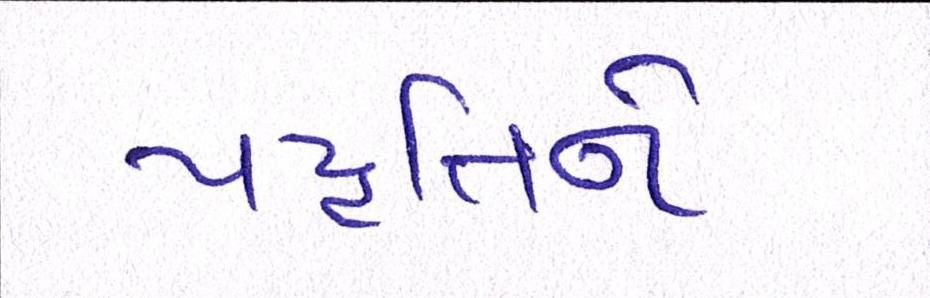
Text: પદ્ધતિને